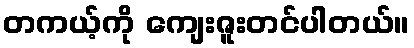
တကယ့်ကို ကျေးဇူးတင်ပါတယ်။